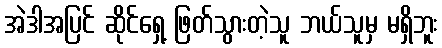
အဲဒါအပြင် ဆိုင်ရှေ့ ဖြတ်သွားတဲ့သူ ဘယ်သူမှ မရှိဘူး